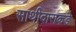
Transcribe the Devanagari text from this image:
साथीदाराकडे